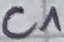
Text: C^